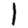
Digit: 1